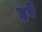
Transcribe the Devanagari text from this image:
हरें